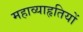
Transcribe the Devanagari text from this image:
महाव्याहृतियों